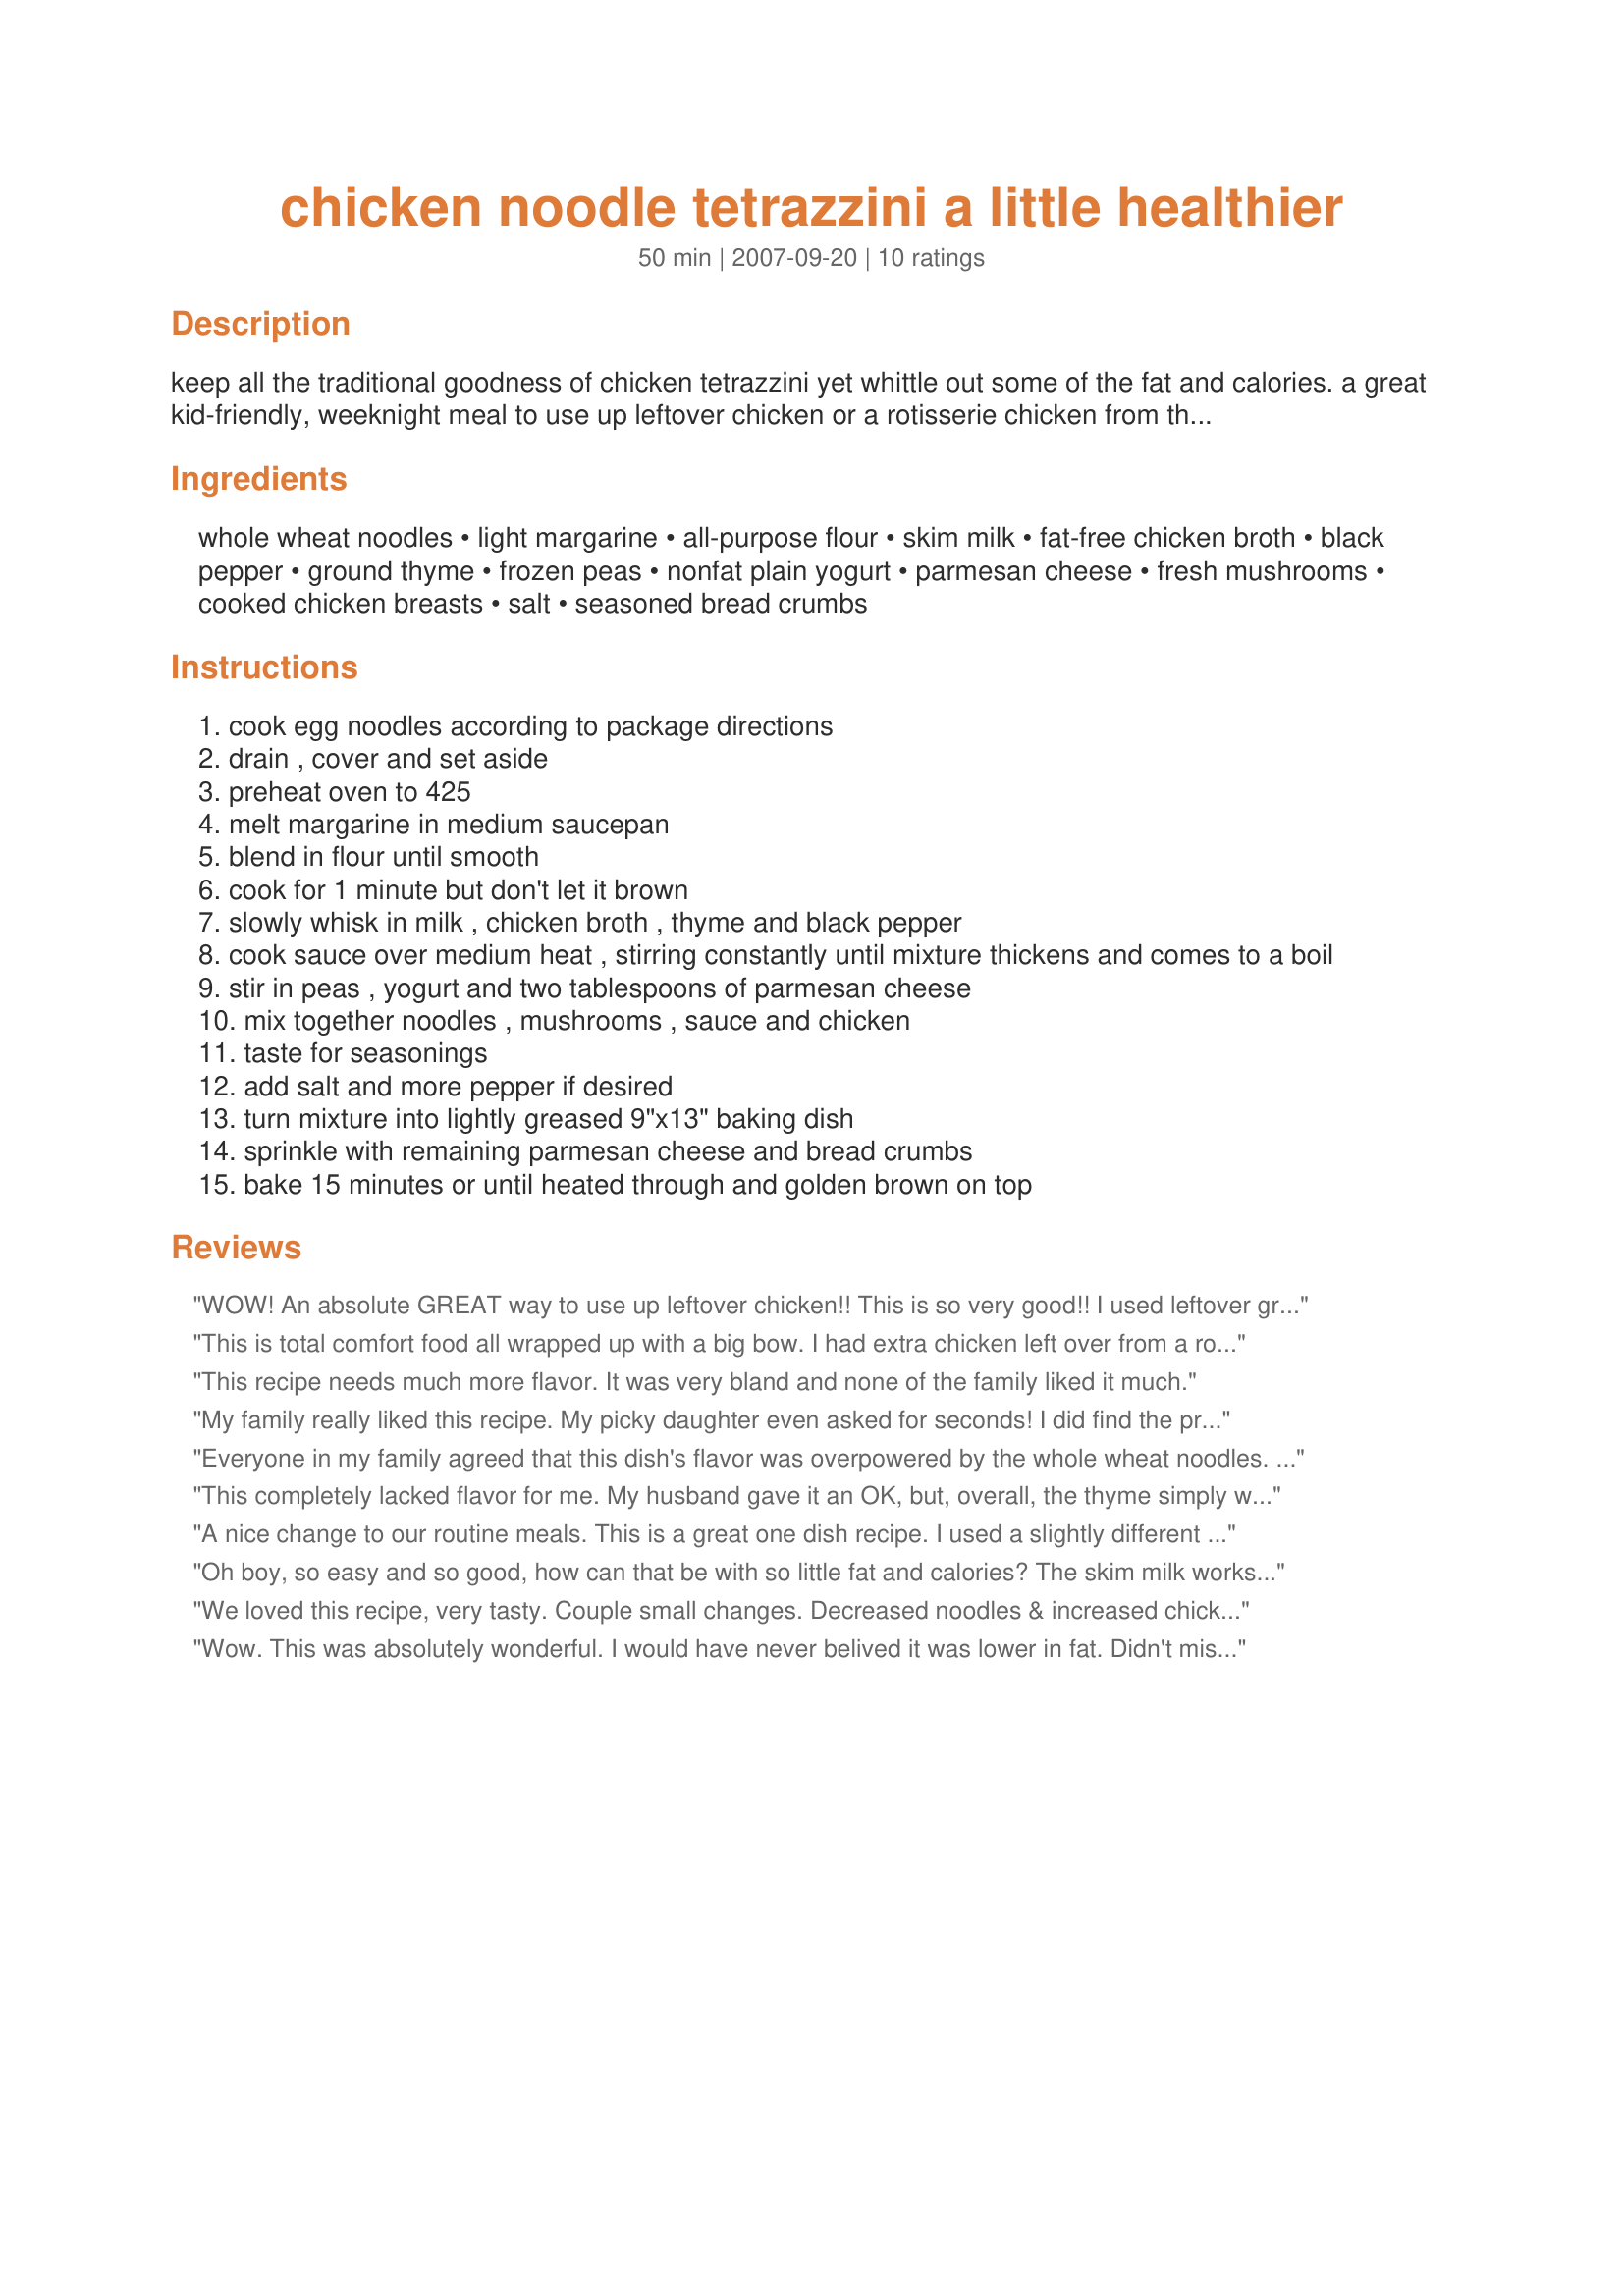
chicken noodle tetrazzini a little healthier
Preparation time: 50 minutes

keep all the traditional goodness of chicken tetrazzini yet whittle out some of the fat and calories. a great kid-friendly, weeknight meal to use up leftover chicken or a rotisserie chicken from the deli. if you're not watching fat intake, feel free to use full-fat ingredients.

Ingredients:
whole wheat noodles, light margarine, all-purpose flour, skim milk, fat-free chicken broth, black pepper, ground thyme, frozen peas, nonfat plain yogurt, parmesan cheese, fresh mushrooms, cooked chicken breasts, salt, seasoned bread crumbs

Steps:
cook egg noodles according to package directions
drain , cover and set aside
preheat oven to 425
melt margarine in medium saucepan
blend in flour until smooth
cook for 1 minute but don't let it brown
slowly whisk in milk , chicken broth , thyme and black pepper
cook sauce over medium heat , stirring constantly until mixture thickens and comes to a boil
stir in peas , yogurt and two tablespoons of parmesan cheese
mix together noodles , mushrooms , sauce and chicken
taste for seasonings
add salt and more pepper if desired
turn mixture into lightly greased 9"x13" baking dish
sprinkle with remaining parmesan cheese and bread crumbs
bake 15 minutes or until heated through and golden brown on top

Reviews:
WOW! An absolute GREAT way to use up leftover chicken!! This is so very good!! I used leftover grilled chicken as I made wayyy too much for one meal. Although, like another reviewer, I found it a little too dry for my taste. Since I didn't have ALL the ingredients on hand, I substituted low-fat sour cream for the yogurt; broccolli instead of peas; and water instead of chicken broth. I also omitted the mushrooms and added a 15 oz can of diced tomatoes (drained them). It came out absolutely SCRUMPTIOUS. However, next time, I am not going to drain the diced tomatoes, for added flavor and moisture. I will most definately make this again and again!!
This is total comfort food all wrapped up with a big bow. I had extra chicken left over from a roasted chicken, so was able to use this and added all light features that the recipe indicated. There is no way you could tell this was lightened up at all, and a outstanding recipe to help all of us stay healthier. I particularly liked the ground thyme addition couple with the yogurt and mushrooms just made this really delish. The frozen peas tasted no nice, and we enjoyed this dish immensely. The only addtion I used was chopped onions and a bit of garlic which I added in with the mushrooms while the light buttery spread was melting. Perfect, and thanks SusieQusie!
This recipe needs much more flavor. It was very bland and none of the family liked it much.
My family really liked this recipe. My picky daughter even asked for seconds! I did find the preparation to be a little more than I had anticipated. I think when I make it again I will make it when I already have cooked chicken on hand. Having to cook the chicken, noodles, sauce, etc. all at once was frustrating. I might also add some diced red pepper for color and a little zip.
Everyone in my family agreed that this dish's flavor was overpowered by the whole wheat noodles. They are an ingredient that needs distinct seasonings. This dish didn't work for us.
This completely lacked flavor for me. My husband gave it an OK, but, overall, the thyme simply wasn't enough to give it the flavor I really expected from a tetrazzine.
A nice change to our routine meals. This is a great one dish recipe. I used a slightly different version for the white sauce(made it only using milk, a little margarine and flour) and added some ginger and chili garlic paste for spice. Also used a lot more veggies-almost all leftover veggies like a little yellow pepper, celery. I quite liked all the veggies in here. Also, I substituted the breadcrumbs for panko and the wheat noodles for the regular version. Thanks, it was a great hit with my husband. :)
Oh boy, so easy and so good, how can that be with so little fat and calories? The skim milk works just fine (I used Parmalat). The only changes I made were to use regular instead of whole wheat noodles, plus I threw in the tail-end of some black olives and some chopped pimients which I needed to clear out of the fridge--just 3-4 Tbs of each. Definitely a keeper.
We loved this recipe, very tasty. Couple small changes. Decreased noodles & increased chicken (actually used turkey) a couple ounces each. Found it abit dry so next time I'd increase the milk/broth mixture also.
Wow. This was absolutely wonderful. I would have never belived it was lower in fat. Didn't miss the higher fat ingredients at all. I'm not sure about thyme, so I used oregano instead. I sauteeded about 3/4 of an onion in canola oil spray and added that with some crushed red pepper flakes to add that extra little kick for our taste. I also added a couple more tablespoons of parmesan and breadcrumbs, again for our taste, but I don't think that increased the fat content significantly. My first Chicken Tetrazzini, but not my last. Thanks SQ for a wonderful light dinner.
